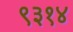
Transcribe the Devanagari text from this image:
९३१४